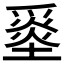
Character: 𡐼